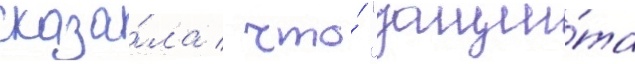
сказа́ла / что́ "защи́та